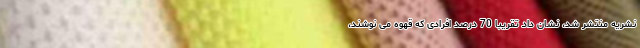
نشریه منتشر شد، نشان داد تقریبا 70 درصد افرادی که قهوه می نوشند،